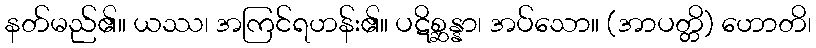
နတ်မည်၏။ ယဿ၊ အကြင်ရဟန်း၏။ ပဋိစ္ဆန္နာ၊ အပ်သော။ (အာပတ္တိ) ဟောတိ၊